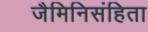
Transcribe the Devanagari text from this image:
जैमिनिसंहिता